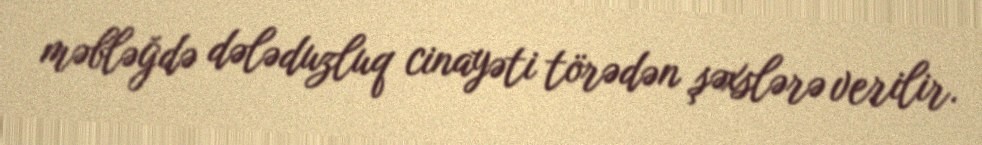
məbləğdə dələduzluq cinayəti törədən şəxslərə verilir.